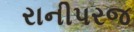
રાનીપરજ